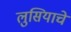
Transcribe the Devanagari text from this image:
लुसियाचे